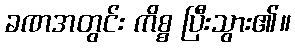
ခဏအတွင်း ကိစ္စ ပြီးသွား၏။